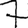
Digit: 7